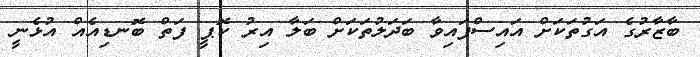
ބާޒާރުގެ އަގުތަކަށް އައިސްފައިވާ ބަދަލުތަކަށް ބަލާ އިރު ކޮޕީ ފަތް ބޮނޑިއެއް އުޅެނީ